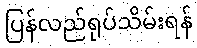
ပြန်လည်ရုပ်သိမ်းရန်